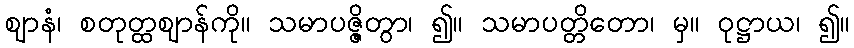
ဈာနံ၊ စတုတ္ထဈာန်ကို။ သမာပဇ္ဇိတွာ၊ ၍။ သမာပတ္တိတော၊ မှ။ ဝုဋ္ဌာယ၊ ၍။